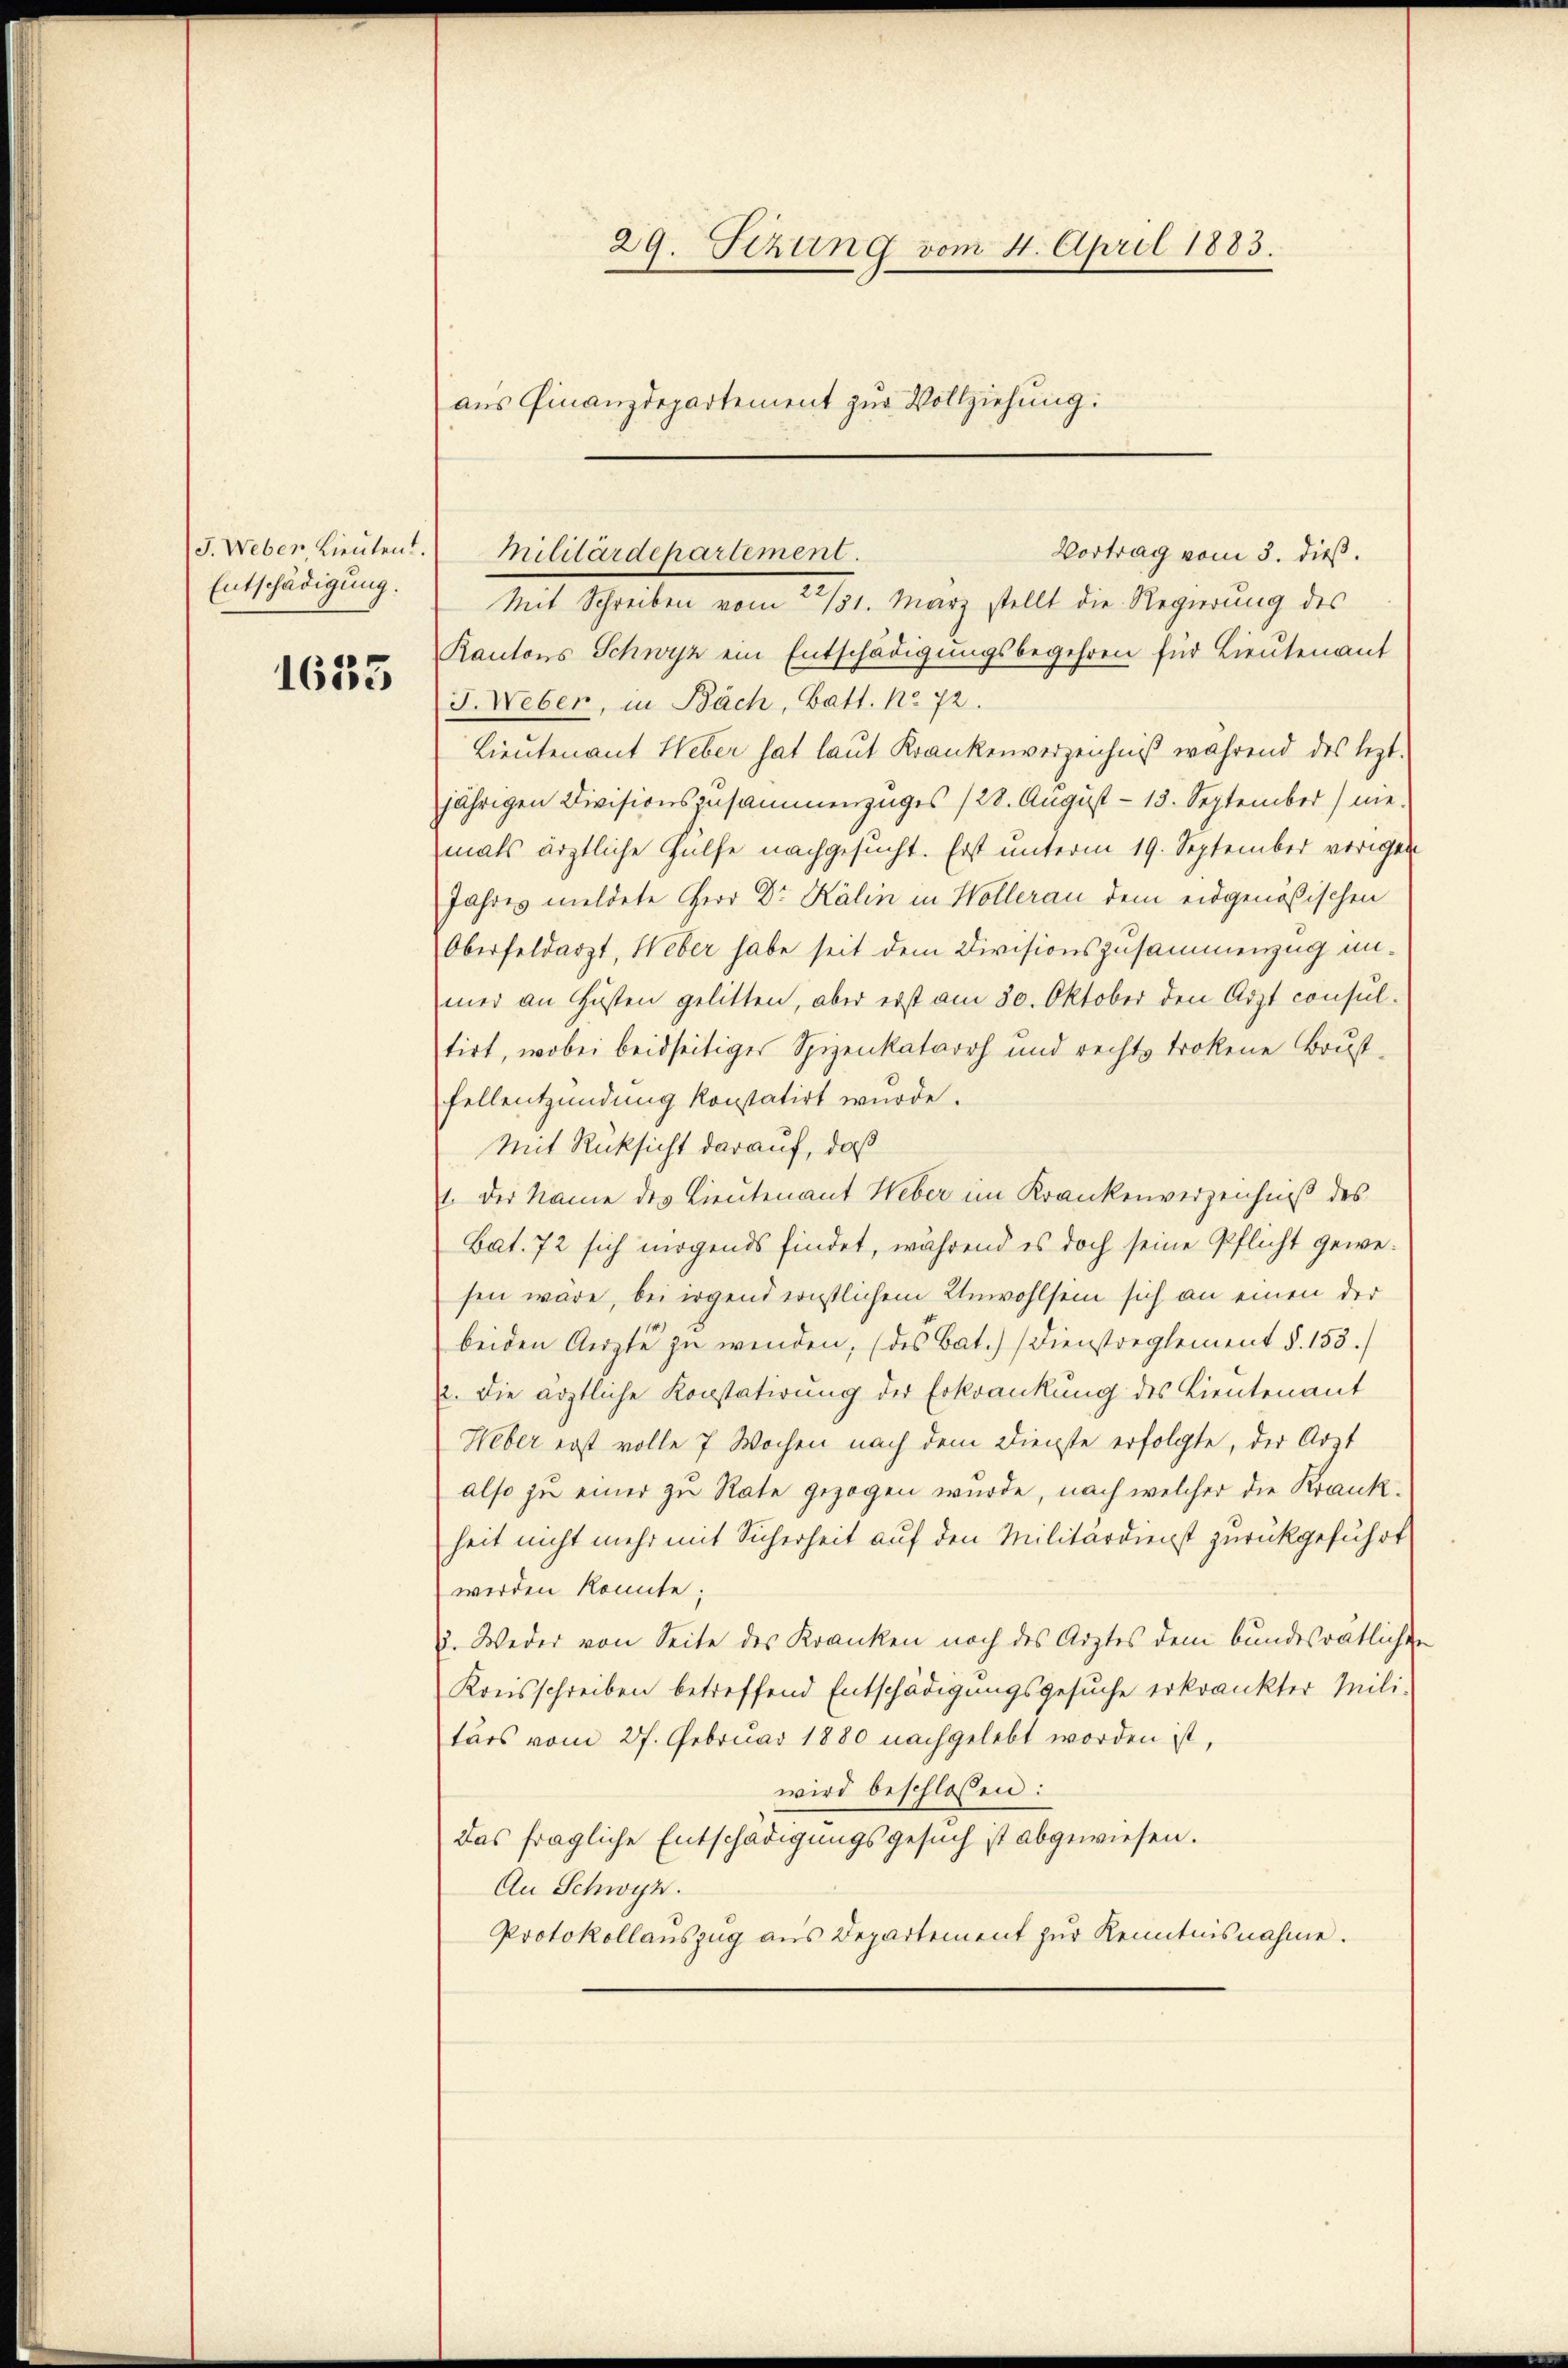
Entschädigung.

1633

29. Sitzung vom 4. April 1883.
aus Finanzdepartement zur Vollziehung:

J. Weber Lieŭten Militärdepartement.

Mit Schreiben vom 22/31. März stellt die Regierung des
Kantons Schwyz ein Entschädigungsbegehren für Lieutenant
J. Weber, in Bäch, Batt. No 72.
Lieutenant Weber hat laut Krankenverzeichniß während des lezt.
jährigen Divisionszusammenzuges (28. August 13. September nie-
mals ärztliche Hülfe nachgesucht. Erst unterm 19. September vorigen
Jahres meldete Herr Dr. Kälin in Wollerau dem eidgenößischen
Oberfeldarzt, Weber habe seit dem Divisionszusammenzug unmer an Husten gelitten, aber erst am 30. Oktober den Arzt consul-
tirt, wobei beidseitiger Spizenkatarrh und rechts trokene Brust-
fellentzündung konstatirt wurde.
Mit Rücksicht darauf, daß
1. Der Name des Lieutenant Weber im Krankenverzeichniß des
Bat. 72 sich mögends findet, während es doch seine Pflicht gewesen wäre, bei irgend ernstlichem Unwohlsein sich an einen der
beiden Arzte zu wenden, (des Bat.) Dienstreglement §. 153.)
2. Die ärztliche Konstatirung der Erkrankung des Lieutenant
Weber erst volle 7 Wochen nach dem Dienste erfolgte, der Arzt
also zu einer zu Rate gezogen wurde, nach welcher die Krankheit nicht mehr mit Sicherheit auf den Militärdienst zurückgeführt
werden könnte;
2. Weder von Seite des Kranken noch des Arztes dem bundesrätlichen
Kreisschreiben betreffend Entschädigungsgesuche erkrankter Mili-
tärs vom 27. Februar 1880 nachgelebt worden ist,
wird beschloßen:
Das fragliche Entschädigungsgesuch ist abgewiesen.
An Schwyz.
Protokollaŭszŭg aŭs Departement zŭr Kenntnisnahme.

Vortrag vom 3. dieß.